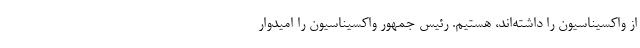
از واکسیناسیون را داشته‌اند، هستیم. رئیس جمهور واکسیناسیون را امیدوار